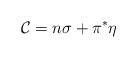
LaTeX: \begin{align*}{\cal{C}}= n\sigma+ \pi^{*}\eta\end{align*}